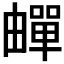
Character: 𬏕